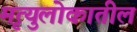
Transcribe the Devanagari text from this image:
मृत्युलोकातील